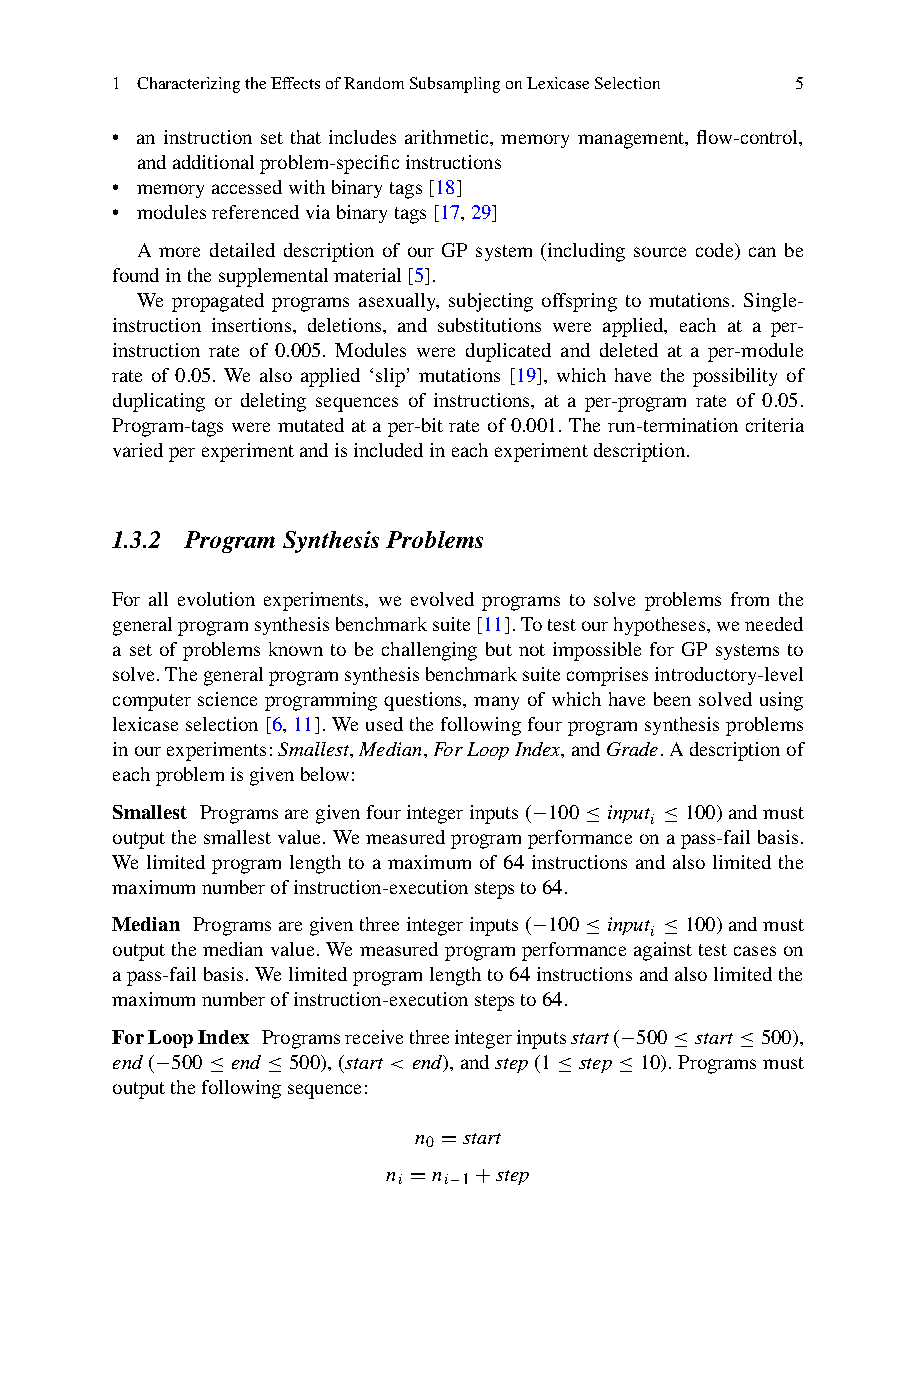
1 CharacterizingtheEffectsofRandomSubsamplingonLexicaseSelection 5
 • an instruction set that includes arithmetic, memory management, flow-control,
 andadditionalproblem-specificinstructions
 • memoryaccessedwithbinarytags[18]
 • modulesreferencedviabinarytags[17,29]
 A more detailed description of our GP system (including source code) can be
 foundinthesupplementalmaterial[5].
 We propagated programs asexually, subjecting offspring to mutations. Single-
 instruction insertions, deletions, and substitutions were applied, each at a per-
 instruction rate of 0.005. Modules were duplicated and deleted at a per-module
 rate of 0.05. We also applied ‘slip’ mutations [19], which have the possibility of
 duplicating or deleting sequences of instructions, at a per-program rate of 0.05.
 Program-tags were mutated at a per-bit rate of 0.001. The run-termination criteria
 variedperexperimentandisincludedineachexperimentdescription.
 1.3.2 ProgramSynthesisProblems
 For all evolution experiments, we evolved programs to solve problems from the
 generalprogramsynthesisbenchmarksuite[11].Totestourhypotheses,weneeded
 a set of problems known to be challenging but not impossible for GP systems to
 solve.Thegeneralprogramsynthesisbenchmarksuitecomprisesintroductory-level
 computer science programming questions, many of which have been solved using
 lexicaseselection[6,11].Weusedthefollowingfourprogramsynthesisproblems
 inourexperiments:Smallest,Median,ForLoopIndex,andGrade.Adescriptionof
 eachproblemisgivenbelow:
 Smallest Programsaregivenfourintegerinputs(−100≤inputi ≤100)andmust
 outputthesmallestvalue.Wemeasuredprogramperformanceonapass-failbasis.
 We limited program length to a maximum of 64 instructions and also limited the
 maximumnumberofinstruction-executionstepsto64.
 Median Programsaregiventhreeintegerinputs(−100≤inputi ≤100)andmust
 outputthemedianvalue.Wemeasuredprogramperformanceagainsttestcaseson
 apass-failbasis.Welimitedprogramlengthto64instructionsandalsolimitedthe
 maximumnumberofinstruction-executionstepsto64.
 ForLoopIndex Programsreceivethreeintegerinputsstart(−500≤start≤500),
 end(−500≤end ≤500),(start <end),andstep(1≤step≤10).Programsmust
 outputthefollowingsequence:
 n =start
 0
 n
 i
 =n i−1+step